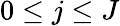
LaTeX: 0\leq j\leq J